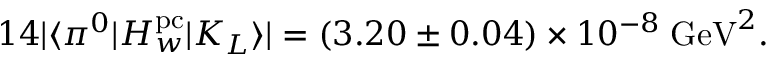
1 4 | \langle \pi ^ { 0 } | H _ { w } ^ { \mathrm { p c } } | K _ { L } \rangle | = ( 3 . 2 0 \pm 0 . 0 4 ) \times 1 0 ^ { - 8 } \; \mathrm { G e V } ^ { 2 } .